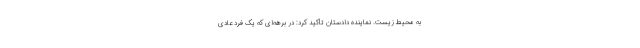
به محیط زیست. نماینده دادستان تأکید کرد: در برهه‌ای که یک فرد عادی